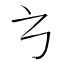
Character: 𭚥